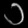
Digit: ၁